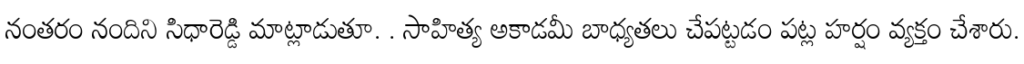
నంతరం నందిని సిధారెడ్డి మాట్లాడుతూ. . సాహిత్య అకాడమీ బాధ్యతలు చేపట్టడం పట్ల హర్షం వ్యక్తం చేశారు.